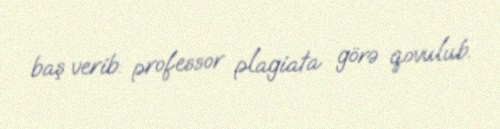
baş verib: professor plagiata görə qovulub.